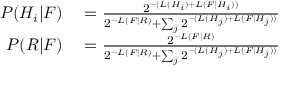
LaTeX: \begin{array} { r l } { P ( H _ { i } | F ) } & { { } = { \frac { 2 ^ { - ( L ( H _ { i } ) + L ( F | H _ { i } ) ) } } { 2 ^ { - L ( F | R ) } + \sum _ { j } 2 ^ { - ( L ( H _ { j } ) + L ( F | H _ { j } ) ) } } } } \\ { P ( R | F ) } & { { } = { \frac { 2 ^ { - L ( F | R ) } } { 2 ^ { - L ( F | R ) } + \sum _ { j } { 2 ^ { - ( L ( H _ { j } ) + L ( F | H _ { j } ) ) } } } } } \end{array}